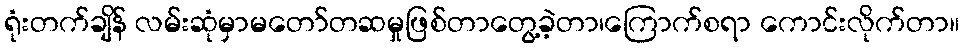
ရုံးတက်ချိန် လမ်းဆုံမှာမတော်တဆမှုဖြစ်တာတွေ့ခဲ့တာ၊ကြောက်စရာ ကောင်းလိုက်တာ။